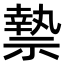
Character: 𮂑